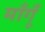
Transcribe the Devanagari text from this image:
माँगूँ